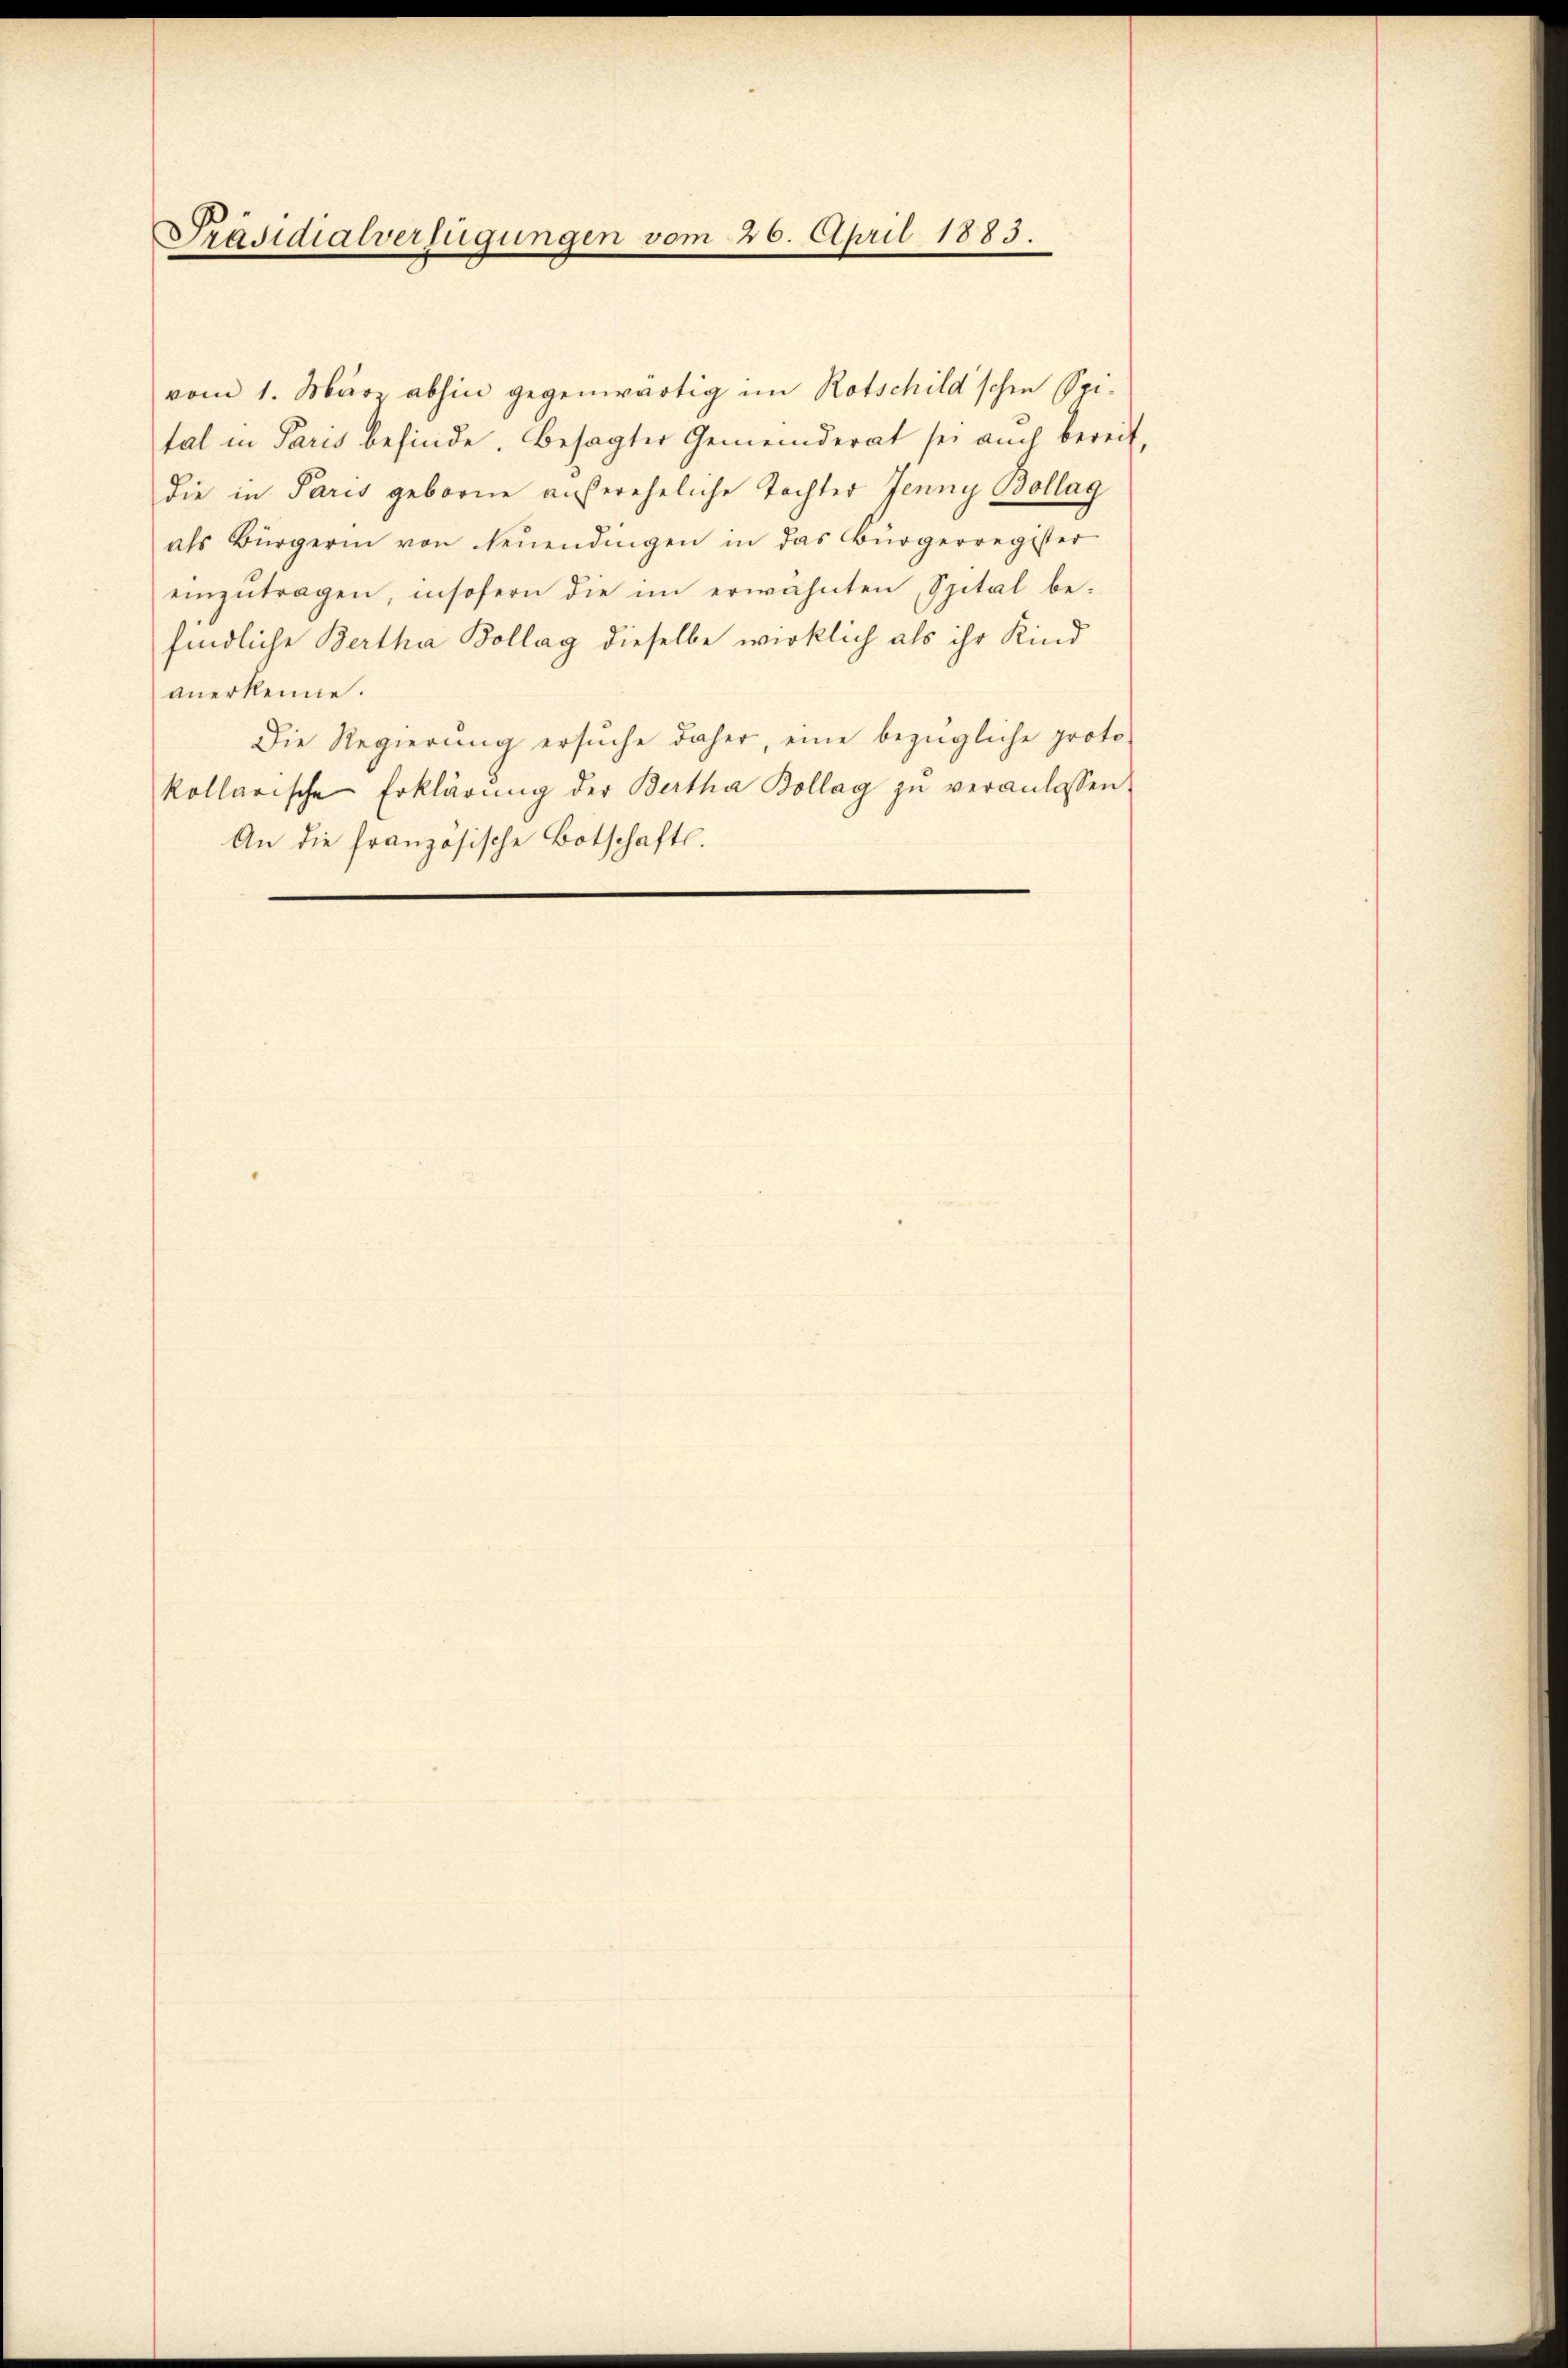
Präsidialverfügungen vom 26. April 1883.

vom 1. März abhin gegenwärtig im Rotschild'schen Spi-
tal in Paris befinde. Besagter Gemeinderat sei auch bereit,
die in Paris geborne außereheliche Tochter Jenny Bollag
als Bürgerin von Neuendingen in das Bürgerregister
einzutragen, insofern die im erwähnten Spital befindliche Bertha Bollag dieselbe wirklich als ihr Kind
anerkenne.
Die Regierung ersŭche daher, eine bezügliche proto-
kollarische Erklärŭng der Bertha Bollag zŭ veranlassen,
An die französische Botschafts¬